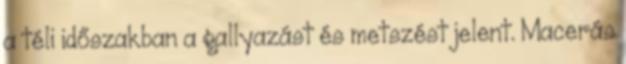
a téli időszakban a gallyazást és metszést jelent. Macerás